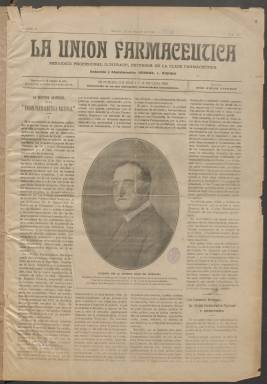
Título: La Unión farmacéutica
Colección: Medicina || Farmacia
Ámbito geográfico: Madrid
Lugar de publicación: Madrid
Fechas: 15/08/1914-01/02/1924